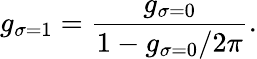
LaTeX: g_{\sigma=1}=\frac{g_{\sigma=0}}{1-g_{\sigma=0}/2\pi}.